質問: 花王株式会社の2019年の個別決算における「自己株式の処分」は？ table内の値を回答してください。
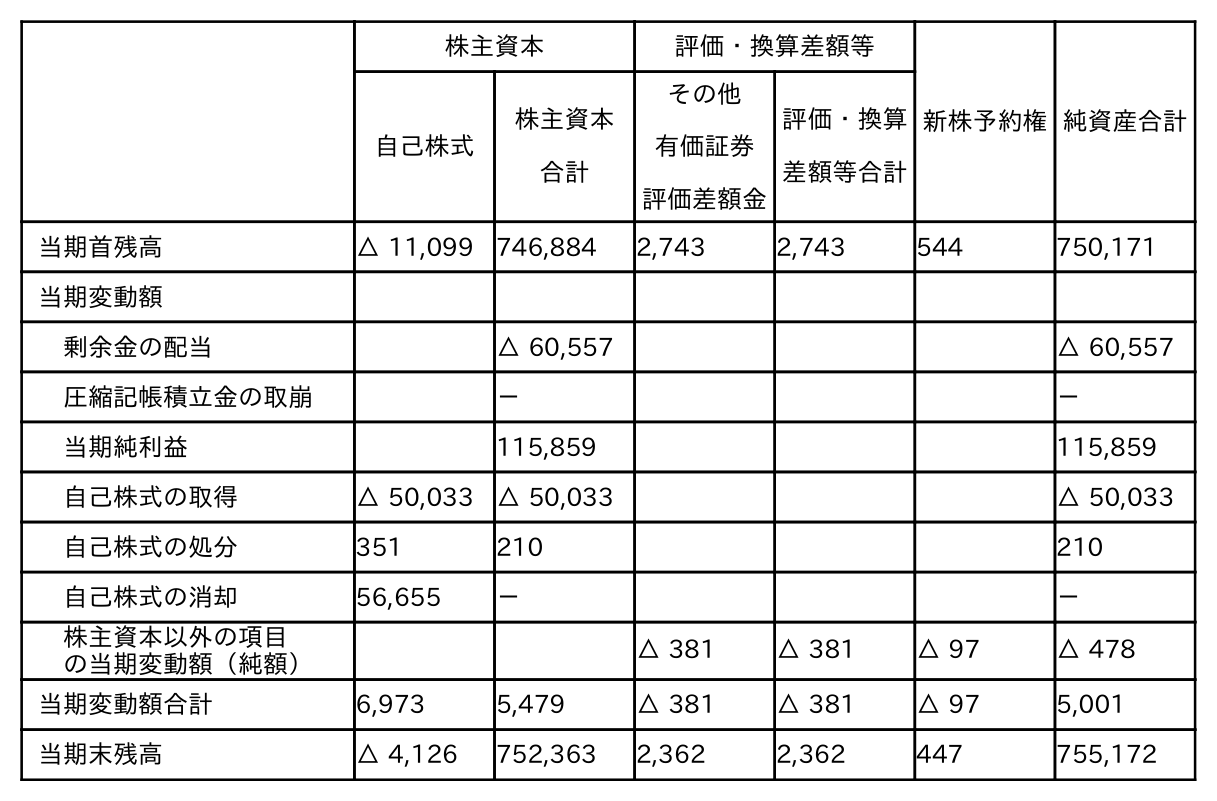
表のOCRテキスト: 株主資本 評価・換算差額等 新株予約権純資産合計 自己株式 株主資本 合計 その他 有価証券 評価差額金 評価・換算 差額等合計 当期首残高 △ 11,099 746,884 2,743 2,743 544 750,171 当期変動額 剰余金の配当 △ 60,557 △ 60,557 圧縮記帳積立金の取崩 － － 当期純利益 115,859 115,859 自己株式の取得 △ 50,033 △ 50,033 △ 50,033 自己株式の処分 351 210 210 自己株式の消却 56,655 － － 株主資本以外の項目 の当期変動額（純額） △ 381 △ 381 △ 97 △ 478 当期変動額合計 6,973 5,479 △ 381 △ 381 △ 97 5,001 当期末残高 △ 4,126 752,363 2,362 2,362 447 755,172
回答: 210